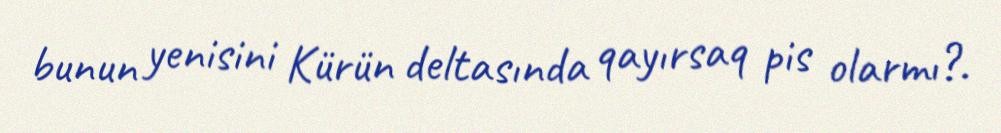
bunun yenisini Kürün deltasında qayırsaq pis olarmı?.